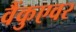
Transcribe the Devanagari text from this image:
वैंकुएवर